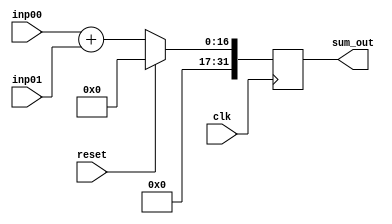
module adder_tree_1stage_16bit(clk,reset,inp00,inp01,sum_out); 

input clk; 
input reset; 
input [15:0] inp00; 
input [15:0] inp01;
output reg [31:0] sum_out; 

always@(posedge clk) begin 

  if (reset == 1'b1) begin 
    sum_out <= 32'd0; 
  end
  else begin 
    sum_out <= inp00 + inp01; 
  end

end 

endmodule